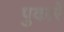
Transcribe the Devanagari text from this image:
पुकारें